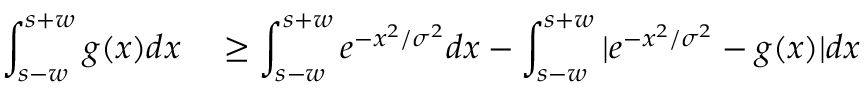
\begin{array} { r l } { \displaystyle \int _ { s - w } ^ { s + w } g ( x ) d x } & { { } \ge \displaystyle \int _ { s - w } ^ { s + w } e ^ { - x ^ { 2 } / \sigma ^ { 2 } } d x - \displaystyle \int _ { s - w } ^ { s + w } | e ^ { - x ^ { 2 } / \sigma ^ { 2 } } - g ( x ) | d x } \end{array}